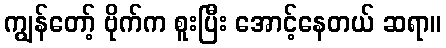
ကျွန်တော့် ဗိုက်က စူးပြီး အောင့်နေတယ် ဆရာ။